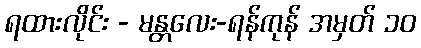
ရထားလိုင်း - မန္တလေး-ရန်ကုန် အမှတ် ၁၀